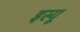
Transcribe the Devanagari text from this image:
इस्यू